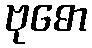
ဗုဓော